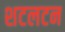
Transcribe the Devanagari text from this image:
शटलटन